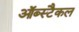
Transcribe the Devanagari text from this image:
ऑब्स्टैकल